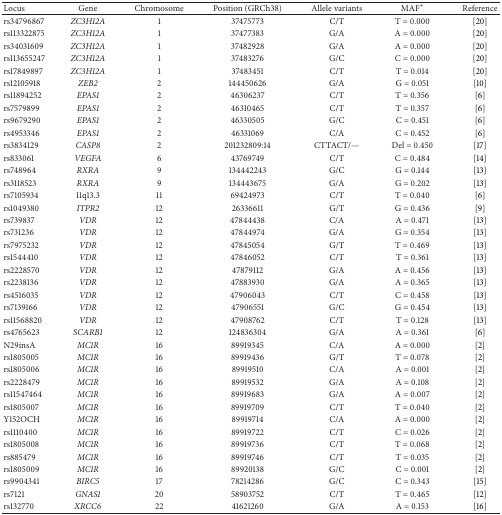
<table><thead><tr><td><b>Locus</b></td><td><b>Gene</b></td><td><b>Chromosome</b></td><td><b>Position (GRCh38)</b></td><td><b>Allele variants</b></td><td><b>MAF<sup>∗</sup></b></td><td><b>Reference</b></td></tr></thead><tbody><tr><td>rs34796867</td><td><i>ZC3H12A </i></td><td>1</td><td>37475773</td><td>C/T</td><td>T = 0.000</td><td> [20]</td></tr><tr><td>rs113322875</td><td><i>ZC3H12A </i></td><td>1</td><td>37477383</td><td>G/A</td><td>A = 0.000</td><td> [20]</td></tr><tr><td>rs34031609</td><td><i>ZC3H12A </i></td><td>1</td><td>37482928</td><td>G/A</td><td>A = 0.000</td><td> [20]</td></tr><tr><td>rs113655247</td><td><i>ZC3H12A </i></td><td>1</td><td>37483276</td><td>G/C</td><td>C = 0.000</td><td> [20]</td></tr><tr><td>rs17849897</td><td><i>ZC3H12A </i></td><td>1</td><td>37483451</td><td>C/T</td><td>T = 0.014</td><td> [20]</td></tr><tr><td>rs12105918 </td><td><i>ZEB2 </i></td><td>2</td><td>144450626</td><td>G/A</td><td>G = 0.051</td><td> [10]</td></tr><tr><td>rs11894252</td><td><i>EPAS1 </i></td><td>2</td><td>46306237</td><td>C/T</td><td>T = 0.356</td><td> [6]</td></tr><tr><td>rs7579899</td><td><i>EPAS1 </i></td><td>2</td><td>46310465</td><td>C/T</td><td>T = 0.357</td><td> [6]</td></tr><tr><td>rs9679290</td><td><i>EPAS1 </i></td><td>2</td><td>46330505</td><td>G/C</td><td>C = 0.451</td><td> [6]</td></tr><tr><td>rs4953346</td><td><i>EPAS1 </i></td><td>2</td><td>46331069</td><td>C/A</td><td>C = 0.452</td><td> [6]</td></tr><tr><td>rs3834129</td><td><i>CASP8 </i></td><td>2</td><td>201232809:14</td><td>CTTACT/—</td><td>Del = 0.450</td><td> [17]</td></tr><tr><td>rs833061</td><td><i>VEGFA </i></td><td>6</td><td>43769749</td><td>C/T</td><td>C = 0.484</td><td> [14]</td></tr><tr><td>rs748964</td><td><i>RXRA </i></td><td>9</td><td>134442243</td><td>G/C</td><td>G = 0.144</td><td> [13]</td></tr><tr><td>rs3118523</td><td><i>RXRA </i></td><td>9</td><td>134443675</td><td>G/A</td><td>G = 0.202</td><td> [13]</td></tr><tr><td>rs7105934</td><td>11q13.3</td><td>11</td><td>69424973</td><td>C/T</td><td>T = 0.040</td><td> [6]</td></tr><tr><td>rs1049380</td><td><i>ITPR2 </i></td><td>12</td><td>26336611</td><td>G/T</td><td>G = 0.436</td><td> [9]</td></tr><tr><td>rs739837</td><td><i>VDR </i></td><td>12</td><td>47844438</td><td>C/A</td><td>A = 0.471</td><td> [13]</td></tr><tr><td>rs731236</td><td><i>VDR </i></td><td>12</td><td>47844974</td><td>G/A</td><td>G = 0.354</td><td> [13]</td></tr><tr><td>rs7975232</td><td><i>VDR </i></td><td>12</td><td>47845054</td><td>G/T</td><td>T = 0.469</td><td> [13]</td></tr><tr><td>rs1544410</td><td><i>VDR </i></td><td>12</td><td>47846052</td><td>C/T</td><td>T = 0.361</td><td> [13]</td></tr><tr><td>rs2228570</td><td><i>VDR </i></td><td>12</td><td>47879112</td><td>G/A</td><td>A = 0.456</td><td> [13]</td></tr><tr><td>rs2238136</td><td><i>VDR </i></td><td>12</td><td>47883930</td><td>G/A</td><td>A = 0.365</td><td> [13]</td></tr><tr><td>rs4516035</td><td><i>VDR </i></td><td>12</td><td>47906043</td><td>C/T</td><td>C = 0.458</td><td> [13]</td></tr><tr><td>rs7139166</td><td><i>VDR </i></td><td>12</td><td>47906551</td><td>G/C</td><td>G = 0.454</td><td> [13]</td></tr><tr><td>rs11568820</td><td><i>VDR </i></td><td>12</td><td>47908762</td><td>C/T</td><td>T = 0.128</td><td> [13]</td></tr><tr><td>rs4765623</td><td><i>SCARB1 </i></td><td>12</td><td>124836304</td><td>G/A</td><td>A = 0.361</td><td> [6]</td></tr><tr><td>N29insA</td><td><i>MC1R </i></td><td>16</td><td>89919345</td><td>C/A</td><td>A = 0.000</td><td> [2]</td></tr><tr><td>rs1805005</td><td><i>MC1R </i></td><td>16</td><td>89919436</td><td>G/T</td><td>T = 0.078</td><td> [2]</td></tr><tr><td>rs1805006</td><td><i>MC1R </i></td><td>16</td><td>89919510</td><td>C/A</td><td>A = 0.001</td><td> [2]</td></tr><tr><td>rs2228479</td><td><i>MC1R </i></td><td>16</td><td>89919532</td><td>G/A</td><td>A = 0.108</td><td> [2]</td></tr><tr><td>rs11547464</td><td><i>MC1R </i></td><td>16</td><td>89919683</td><td>G/A</td><td>A = 0.007</td><td> [2]</td></tr><tr><td>rs1805007</td><td><i>MC1R </i></td><td>16</td><td>89919709</td><td>C/T</td><td>T = 0.040</td><td> [2]</td></tr><tr><td>Y152OCH</td><td><i>MC1R </i></td><td>16</td><td>89919714</td><td>C/A</td><td>A = 0.000</td><td> [2]</td></tr><tr><td>rs1110400</td><td><i>MC1R </i></td><td>16</td><td>89919722</td><td>C/T</td><td>C = 0.026</td><td> [2]</td></tr><tr><td>rs1805008</td><td><i>MC1R </i></td><td>16</td><td>89919736</td><td>C/T</td><td>T = 0.068</td><td> [2]</td></tr><tr><td>rs885479</td><td><i>MC1R </i></td><td>16</td><td>89919746</td><td>C/T</td><td>T = 0.035</td><td> [2]</td></tr><tr><td>rs1805009</td><td><i>MC1R </i></td><td>16</td><td>89920138</td><td>G/C</td><td>C = 0.001</td><td> [2]</td></tr><tr><td>rs9904341</td><td><i>BIRC5 </i></td><td>17</td><td>78214286</td><td>G/C</td><td>C = 0.343</td><td> [15]</td></tr><tr><td>rs7121</td><td><i>GNAS1 </i></td><td>20</td><td>58903752</td><td>C/T</td><td>T = 0.465</td><td> [12]</td></tr><tr><td>rs132770</td><td><i>XRCC6 </i></td><td>22</td><td>41621260</td><td>G/A</td><td>A = 0.153</td><td> [16]</td></tr></tbody></table>